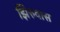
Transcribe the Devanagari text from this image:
झिरुवास